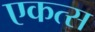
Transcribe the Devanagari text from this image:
एकत्स